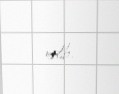
edib.